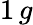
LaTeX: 1\, g